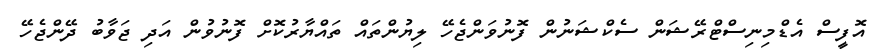
އޮފީސް އެޑްމިނިސްޓްރޭޝަން ސެކްޝަނުން ފޮނުވަންޖެހޭ ލިޔުންތައް ތައްޔާރުކޮށް ފޮނުވުން އަދި ޖަވާބު ދޭންޖެހޭ